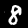
Label: 8